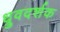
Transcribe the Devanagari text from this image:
ध्रुवदर्शक